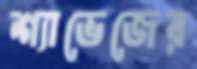
শ্যাভেজের